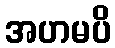
အဟမပိ